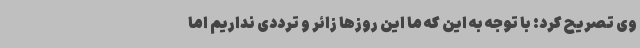
وی تصریح کرد: با توجه به این که ما این روزها زائر و ترددی نداریم اما